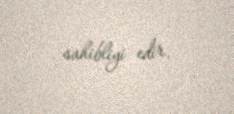
sahibliyi edir.